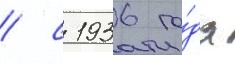
/ с 1936 го́да